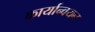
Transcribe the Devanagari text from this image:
कार्यान्‍वयन